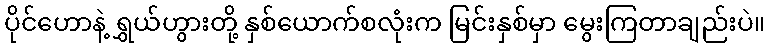
ပိုင်ဟောနဲ့ ရွှယ်ဟွားတို့ နှစ်ယောက်စလုံးက မြင်းနှစ်မှာ မွေးကြတာချည်းပဲ။